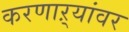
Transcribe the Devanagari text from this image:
करणाऱ्यांवर